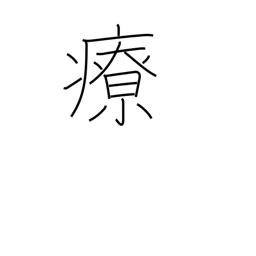
Meaning: heal